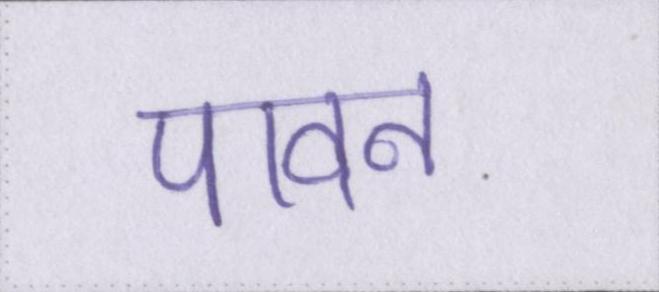
पावन